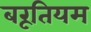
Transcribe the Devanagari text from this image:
बरूतियम